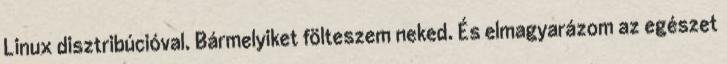
Linux disztribúcióval. Bármelyiket fölteszem neked. És elmagyarázom az egészet